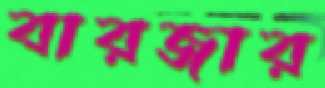
বারজার